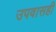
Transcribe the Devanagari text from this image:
उपवासही